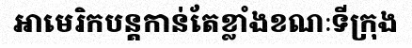
អាមេរិកបន្តកាន់តែខ្លាំងខណៈទីក្រុង